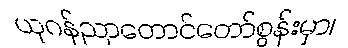
ယုဂန်ညာတောင်တော်စွန်းမှာ၊